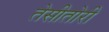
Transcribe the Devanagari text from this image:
तेसीतोरी